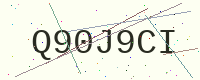
Text: Q90J9CI